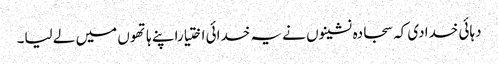
دہائی خدادی کہ سجادہ نشینوں نے یہ خدائی اختیاراپنے ہاتھوں میں لے لیا۔